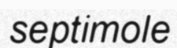
septimole